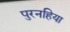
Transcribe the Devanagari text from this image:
पुरनहिया